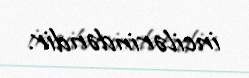
incilərindəndir.